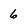
Character: 6